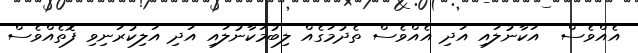
އެއްވެސް  އަކާނުލައި އަދި އެއްވެސް ތެދުމަގެއް ލިބުމަކާނުލައި އަދި އަލިކުރަނިވި ފޮތެއްވެސް